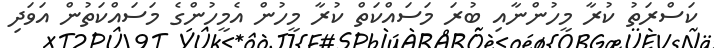
ކަސްރަތު ކުރާ މީހުންނާއި ބުރަ މަސައްކަތް ކުރާ މީހުން އެމީހުންގެ މަސައްކަތުން އަވަދި